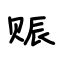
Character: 赈